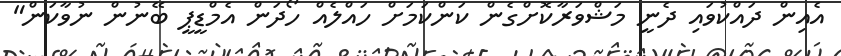
އެއިން ދައްކުވައި ދެނީ މަޝްވަރާކޮށްގެން ކަންކަމަށް ހައްލެއް ހޯދަން އެމްޑީޕީ ބޭނުން ނުވާކަން"